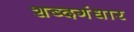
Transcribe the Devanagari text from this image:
शब्दगंधार